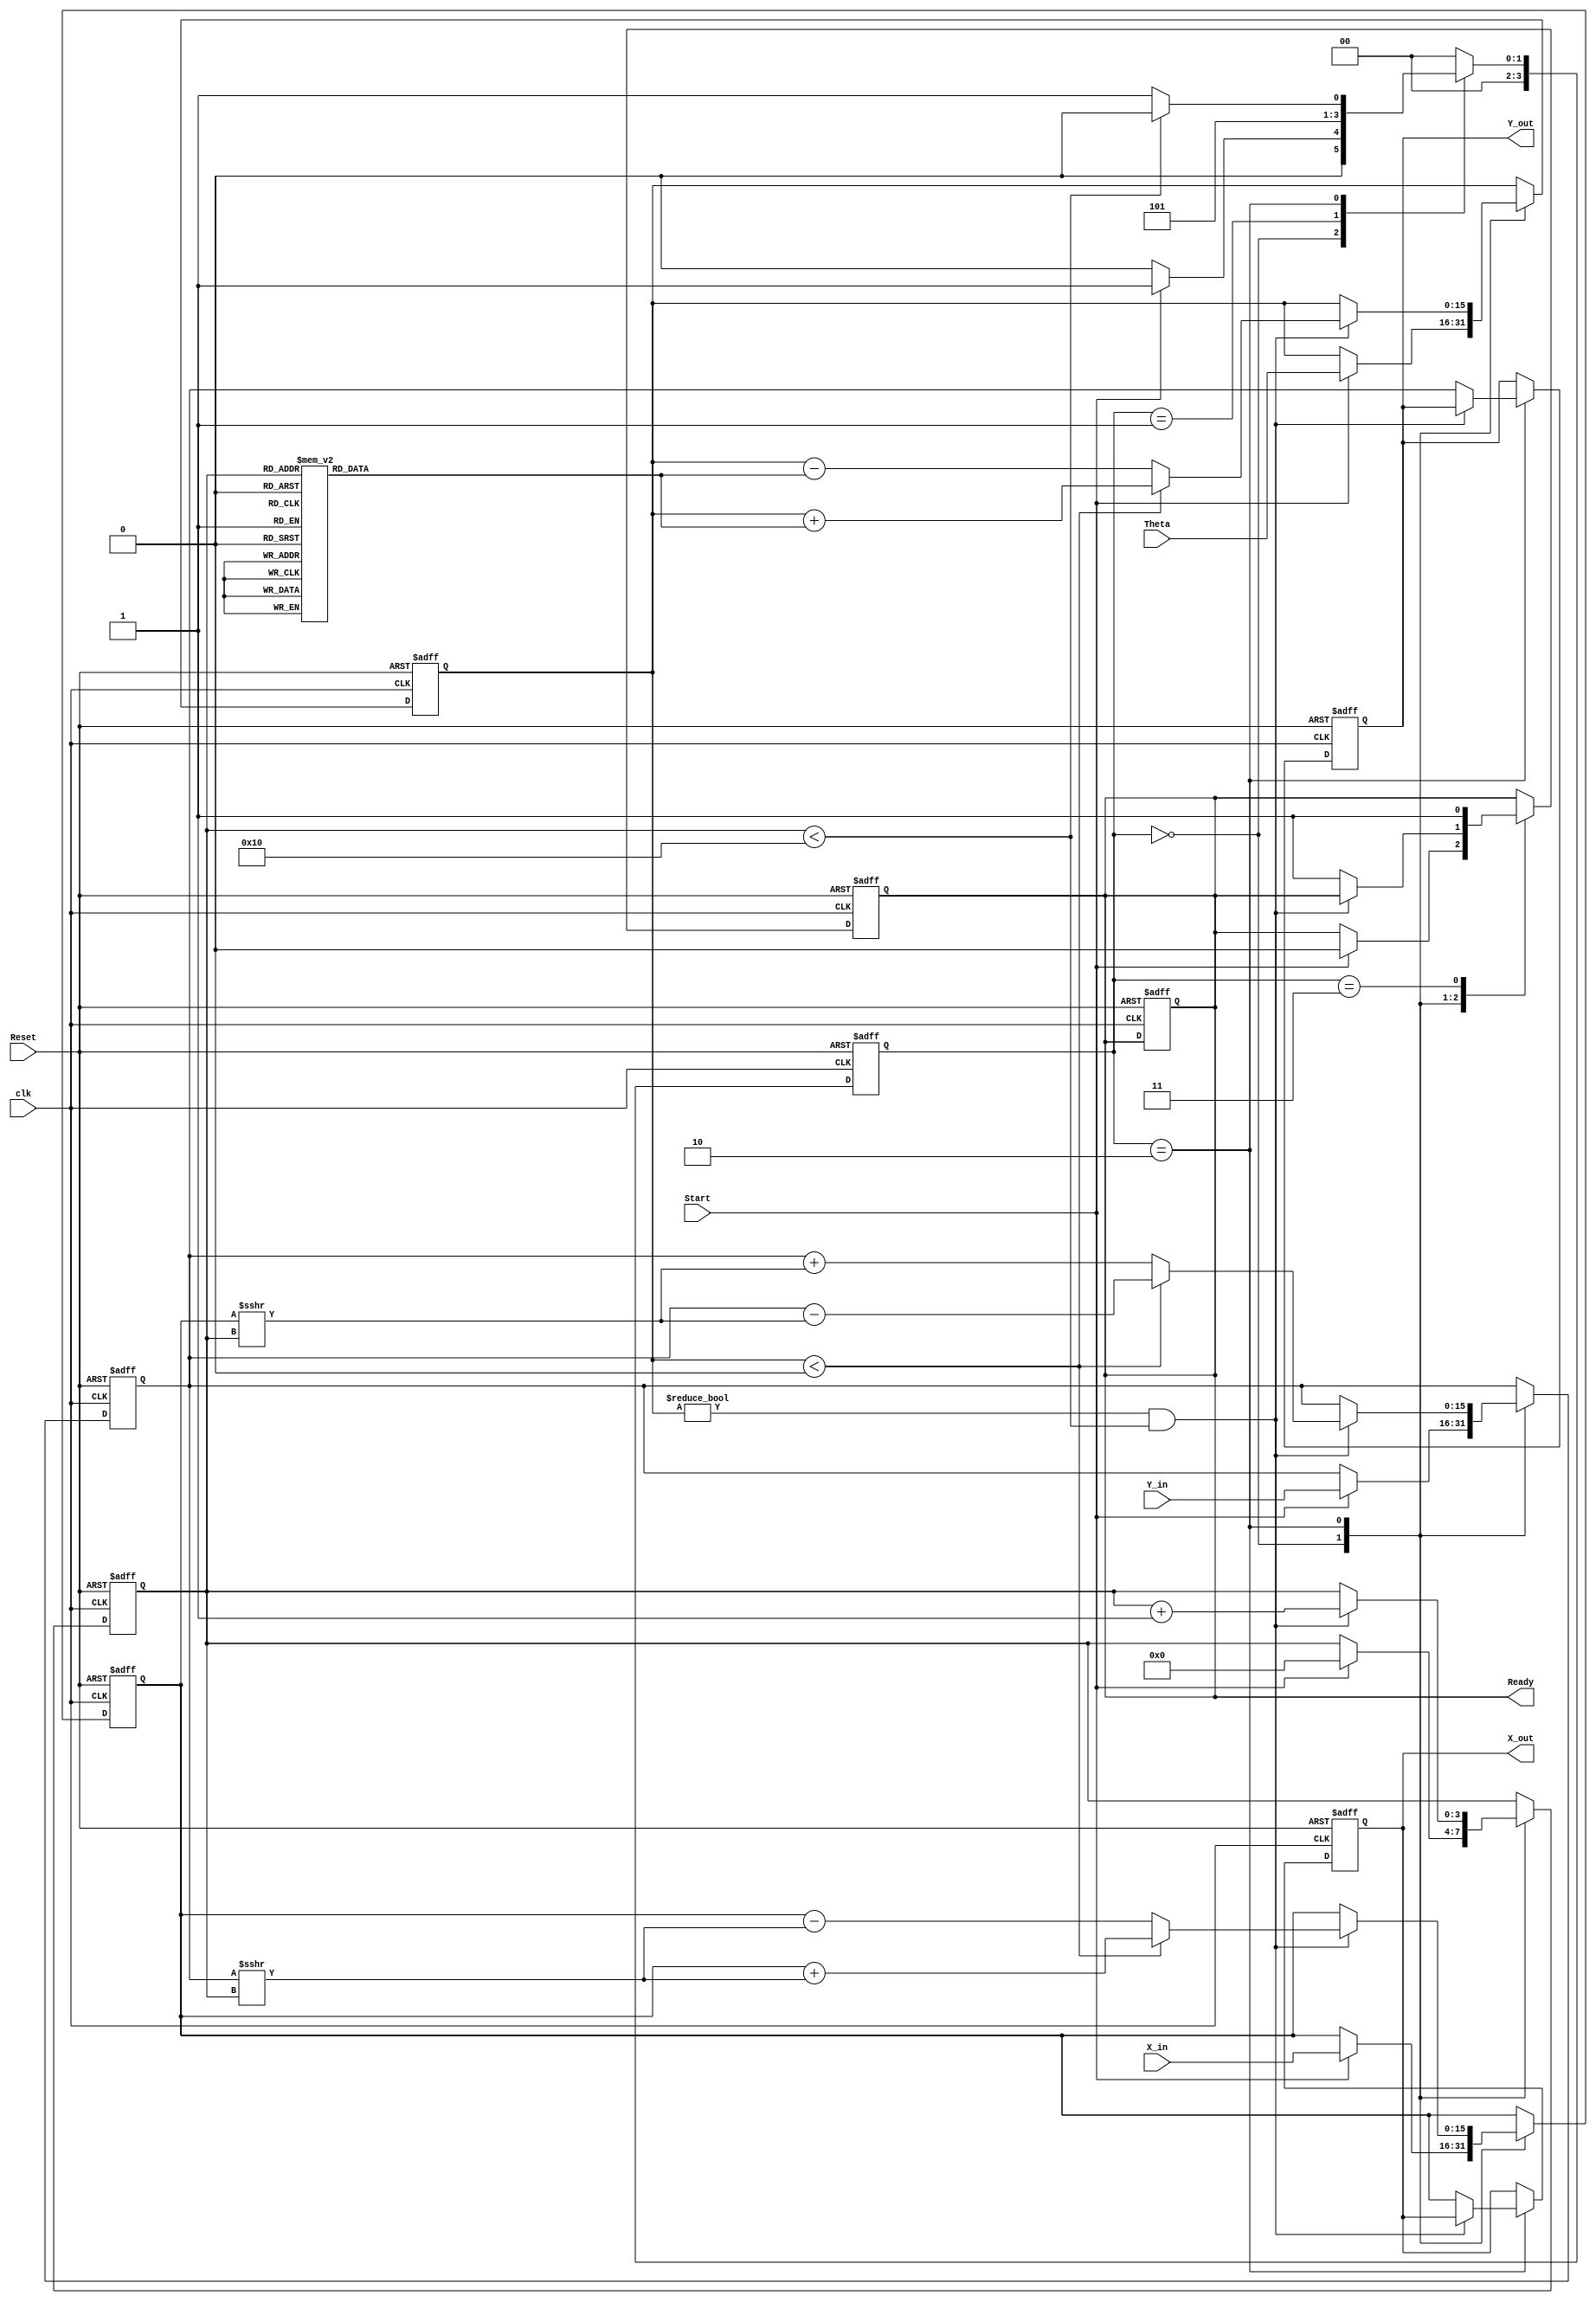
module CORDIC_2D (
    input wire signed [15:0] X_in,      // Input x-coordinate
    input wire signed [15:0] Y_in,      // Input y-coordinate
    input wire signed [15:0] Theta,      // Angle of rotation
    input wire Start,                    // Start signal
    input wire Reset,                    // Asynchronous reset
    input wire clk,                      // Clock signal
    output reg signed [15:0] X_out,     // Output x-coordinate
    output reg signed [15:0] Y_out,     // Output y-coordinate
    output reg Ready                     // Output valid signal
);

    // Internal registers
    reg signed [15:0] X_reg, Y_reg;
    reg signed [15:0] Theta_reg;
    reg [3:0] Iteration_count;           // 4 bits for max 16 iterations
    reg [3:0] state;                     // FSM state
    reg [3:0] next_state;

    // CORDIC angle table (arctan(2^-i) in fixed-point representation)
    reg signed [15:0] atan_table [0:15];
    initial begin
        atan_table[0] = 16'h0000; // atan(1) = 0
        atan_table[1] = 16'h1C71; // atan(1/2) = 0.4636
        atan_table[2] = 16'h1A62; // atan(1/4) = 0.2449
        atan_table[3] = 16'h186A; // atan(1/8) = 0.1244
        atan_table[4] = 16'h1715; // atan(1/16) = 0.0624
        atan_table[5] = 16'h1602; // atan(1/32) = 0.0312
        atan_table[6] = 16'h1582; // atan(1/64) = 0.0156
        atan_table[7] = 16'h1500; // atan(1/128) = 0.0078
        atan_table[8] = 16'h1480; // atan(1/256) = 0.0039
        atan_table[9] = 16'h1400; // atan(1/512) = 0.0019
        atan_table[10] = 16'h1380; // atan(1/1024) = 0.0009
        atan_table[11] = 16'h1300; // atan(1/2048) = 0.0005
        atan_table[12] = 16'h1280; // atan(1/4096) = 0.0002
        atan_table[13] = 16'h1200; // atan(1/8192) = 0.0001
        atan_table[14] = 16'h1180; // atan(1/16384) = 0.00005
        atan_table[15] = 16'h1100; // atan(1/32768) = 0.000025
    end

    // State encoding
    localparam IDLE = 0, INIT = 1, ITERATE = 2, DONE = 3;

    // FSM for control
    always @(posedge clk or posedge Reset) begin
        if (Reset) begin
            state <= IDLE;
            Ready <= 0;
        end else begin
            state <= next_state;
        end
    end

    // State transitions
    always @(*) begin
        case (state)
            IDLE: begin
                if (Start) begin
                    next_state = INIT;
                end else begin
                    next_state = IDLE;
                end
            end
            INIT: begin
                next_state = ITERATE;
            end
            ITERATE: begin
                if (Iteration_count < 16) begin
                    next_state = ITERATE;
                end else begin
                    next_state = DONE;
                end
            end
            DONE: begin
                next_state = IDLE;
            end
            default: next_state = IDLE;
        endcase
    end

    // CORDIC computation
    always @(posedge clk or posedge Reset) begin
        if (Reset) begin
            X_reg <= 0;
            Y_reg <= 0;
            Theta_reg <= 0;
            Iteration_count <= 0;
            X_out <= 0;
            Y_out <= 0;
            Ready <= 0;
        end else begin
            case (state)
                IDLE: begin
                    if (Start) begin
                        X_reg <= X_in;
                        Y_reg <= Y_in;
                        Theta_reg <= Theta;
                        Iteration_count <= 0;
                        Ready <= 0;
                    end
                end
                INIT: begin
                    // Initialization done, move to iteration
                end
                ITERATE: begin
                    if (Theta_reg != 0 && Iteration_count < 16) begin
                        if (Theta_reg < 0) begin
                            // Perform clockwise rotation
                            X_reg <= X_reg + (Y_reg >>> Iteration_count);
                            Y_reg <= Y_reg - (X_reg >>> Iteration_count);
                            Theta_reg <= Theta_reg + atan_table[Iteration_count];
                        end else begin
                            // Perform counterclockwise rotation
                            X_reg <= X_reg - (Y_reg >>> Iteration_count);
                            Y_reg <= Y_reg + (X_reg >>> Iteration_count);
                            Theta_reg <= Theta_reg - atan_table[Iteration_count];
                        end
                        Iteration_count <= Iteration_count + 1;
                    end else begin
                        // Finished iterations
                        X_out <= X_reg;
                        Y_out <= Y_reg;
                        Ready <= 1;
                    end
                end
                DONE: begin
                    // Output is valid, reset for next operation
                    Ready <= 1;
                end
            endcase
        end
    end

endmodule